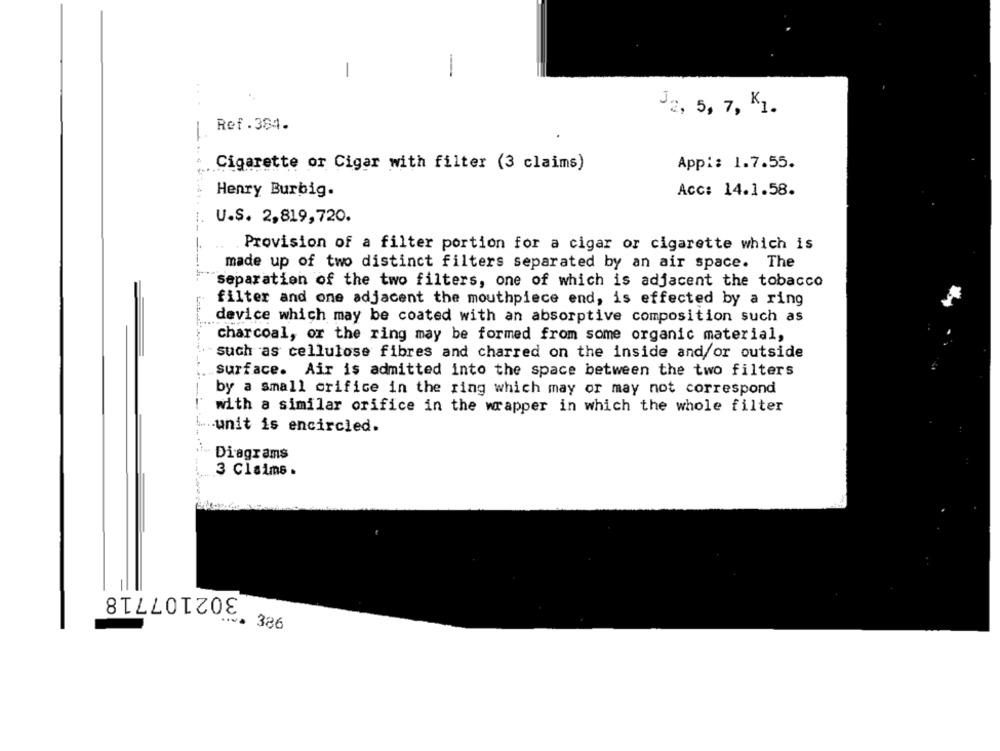
-
-
J2, 5, 7, KI.
Ref.384.
-
Cigarette or Cigar with filter (3 claims)
App :: 1.7.55.
Henry Burbig.
Acc: 14.1.58.
U.S. 2,819,720.
Provision of a filter portion for a cigar or cigarette which is
made up of two distinct filters separated by an air space. The
Separation of the two filters, one of which is adjacent the tobacco
filter and one adjacent the mouthpiece end, is effected by a ring
device which may be coated with an absorptive composition such as
charcoal, or the ring may be formed from some organic material,
such as cellulose fibres and charred on the inside and/or outside
surface. Air is admitted into the space between the two filters
by a small orifice in the ring which may or may not correspond
with a similar orifice in the wrapper in which the whole filter
... unit is encircled.
Diagrams
3 Claims .
302107718
386